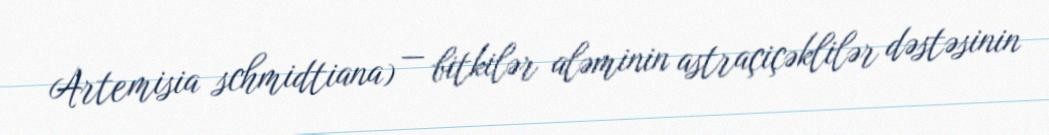
Artemisia schmidtiana) — bitkilər aləminin astraçiçəklilər dəstəsinin